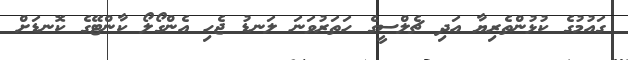
ގައުމުގެ ކުޅުންތެރިޔާ އަދި ޗެލްސީގެ ހަތަރުވަނަ ލަނޑު ޖެހި އެންގޯލޯ ކާންޓޭގެ ކޮނޑަށް